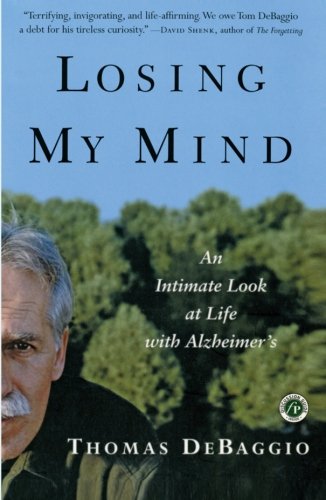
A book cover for Losing My Mind: An Intimate Look at Life with Alzheimer's; Thomas DeBaggio; Health, Fitness & Dieting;